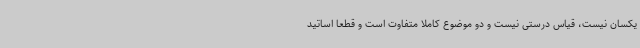
یکسان نیست، قیاس درستی نیست و دو موضوع کاملا متفاوت است و قطعاً اساتید